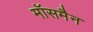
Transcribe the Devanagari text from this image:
मॉसमैन